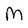
Character: M